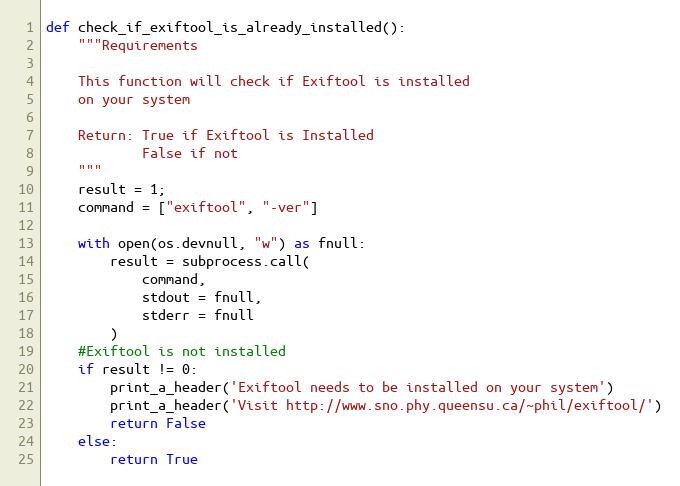
Language: Python
def check_if_exiftool_is_already_installed():
    """Requirements

    This function will check if Exiftool is installed
    on your system

    Return: True if Exiftool is Installed
            False if not
    """
    result = 1;
    command = ["exiftool", "-ver"]

    with open(os.devnull, "w") as fnull:
        result = subprocess.call(
            command,
            stdout = fnull,
            stderr = fnull
        )
    #Exiftool is not installed
    if result != 0:
        print_a_header('Exiftool needs to be installed on your system')
        print_a_header('Visit http://www.sno.phy.queensu.ca/~phil/exiftool/')
        return False
    else:
        return True